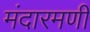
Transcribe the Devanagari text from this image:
मंदारमणी